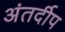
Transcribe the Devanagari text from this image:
अंतर्दीप